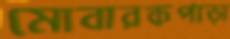
মোবারকপাড়া